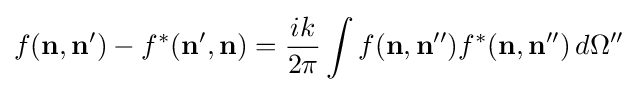
f(\mathbf {n} ,\mathbf {n} ')-f^{*}(\mathbf {n} ',\mathbf {n} )={\frac {ik}{2\pi }}\int f(\mathbf {n} ,\mathbf {n} '')f^{*}(\mathbf {n} ,\mathbf {n} '')\,d\Omega ''